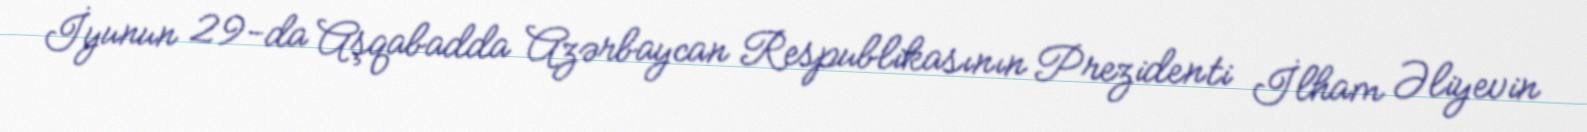
İyunun 29-da Aşqabadda Azərbaycan Respublikasının Prezidenti İlham Əliyevin